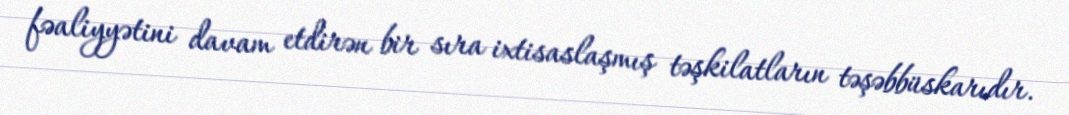
fəaliyyətini davam etdirən bir sıra ixtisaslaşmış təşkilatların təşəbbüskarıdır.